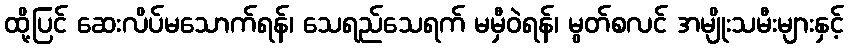
ထို့ပြင် ဆေးလိပ်မသောက်ရန်၊ သေရည်သေရက် မမှီဝဲရန်၊ မွတ်စလင် အမျိုးသမီးများနှင့်